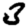
Digit: 3